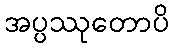
အပ္ပဿုတောပိ